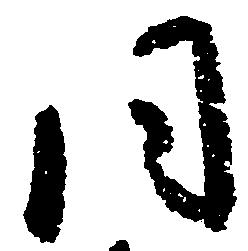
同